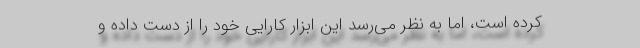
کرده است، اما به نظر می‌رسد این ابزار کارایی خود را از دست داده و